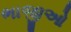
ભાજીઓ